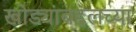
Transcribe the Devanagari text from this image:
खोड्यांबद्दलच्या